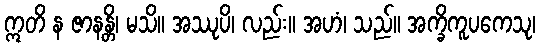
ဣတိ န ဇာနန္တိ၊ မသိ။ အဿုပိ၊ လည်း။ အဟံ၊ သည်။ အက္ခိကူပကေသု၊